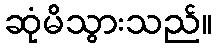
ဆုံမိသွားသည်။